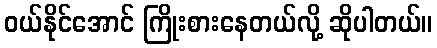
ဝယ်နိုင်အောင် ကြိုးစားနေတယ်လို့ ဆိုပါတယ်။